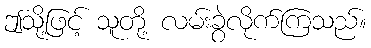
ဤသို့ဖြင့် သူတို့ လမ်းခွဲလိုက်ကြသည်။